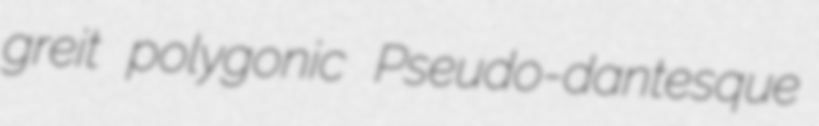
greit polygonic Pseudo-dantesque